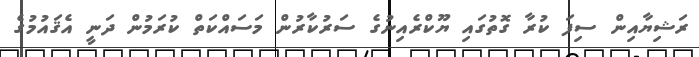
ރަޝިޔާއިން ސިފަ ކުރާ ގޮތުގައި ޔޫކްރެއިނުގެ ސަރުކާރުން މަސައްކަތް ކުރަމުން ދަނީ އެޤައުމުގެ